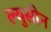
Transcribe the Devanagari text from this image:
ल्युसीन